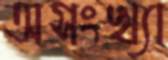
অসংখ্যা